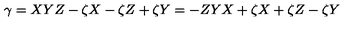
\gamma = X Y Z - \zeta X - \zeta Z + \zeta Y = - Z Y X + \zeta X + \zeta Z - \zeta Y